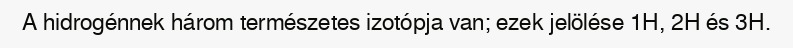
A hidrogénnek három természetes izotópja van; ezek jelölése 1H, 2H és 3H.